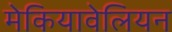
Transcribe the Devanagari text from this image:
मेकियावेलियन